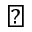
\blacktriangledown